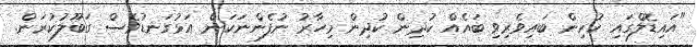
"އައިޑޮލްގައި ކުރިން ބައިވެރިވި ބައެއް ކުދިން ކުދިން މިހާރު ނުފެންނަކަން އަޅުގަނޑުވެސް ގަބޫލުކުރަން.